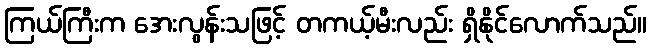
ကြယ်ကြီးက အေးလွန်းသဖြင့် တကယ့်မီးလည်း ရှိနိုင်လောက်သည်။